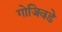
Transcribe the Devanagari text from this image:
गोजिवडे